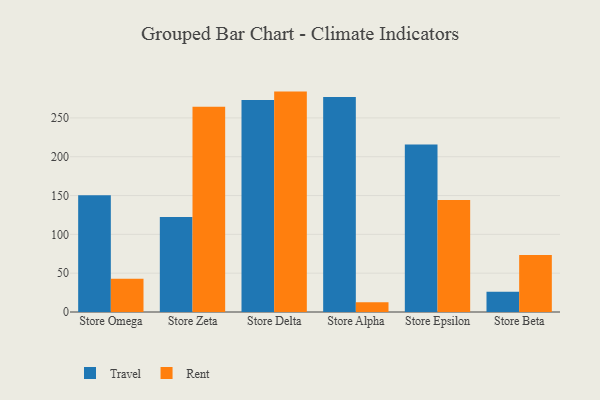
{"axis": {"x": "Store", "y": "Budget (USD K)"}, "legend": ["Rent", "Travel"], "data": [{"x": "Store Omega", "y": 150.3, "type": "Travel"}, {"x": "Store Omega", "y": 42.8, "type": "Rent"}, {"x": "Store Zeta", "y": 122.5, "type": "Travel"}, {"x": "Store Zeta", "y": 264.5, "type": "Rent"}, {"x": "Store Delta", "y": 273.1, "type": "Travel"}, {"x": "Store Delta", "y": 283.9, "type": "Rent"}, {"x": "Store Alpha", "y": 276.8, "type": "Travel"}, {"x": "Store Alpha", "y": 12.4, "type": "Rent"}, {"x": "Store Epsilon", "y": 215.8, "type": "Travel"}, {"x": "Store Epsilon", "y": 144.4, "type": "Rent"}, {"x": "Store Beta", "y": 26.1, "type": "Travel"}, {"x": "Store Beta", "y": 73.5, "type": "Rent"}]}